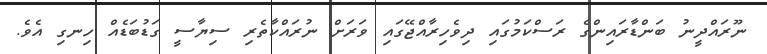
ނޫރައްދީނު ބަންޑާރައިންގެ ރަސްކަމުގައި ދިވެހިރާއްޖޭގައި ވަރަށް ނުރައްކާތެރި ސިޔާސީ ގަޑުބަޑެއް ހިނގި އެވެ.